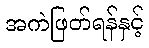
အကဲဖြတ်ရန်နှင့်